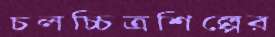
চলচ্চিত্রশিল্পের